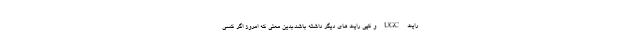
رایت UGC و کپی رایت های دیگر داشته باشد.بدین معنی که امروز اگر کسی